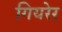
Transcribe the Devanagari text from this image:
गियरेर